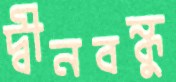
দ্বীনবন্ধু